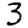
Digit: 3